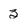
Character: 3